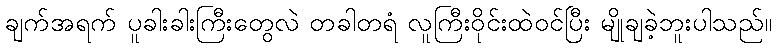
ချက်အရက် ပူခါးခါးကြီးတွေလဲ တခါတရံ လူကြီးဝိုင်းထဲဝင်ပြီး မျိုချခဲ့ဘူးပါသည်။